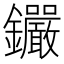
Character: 𨰫